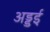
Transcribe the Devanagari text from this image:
अड्डई